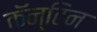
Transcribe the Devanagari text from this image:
कॅन्टिन